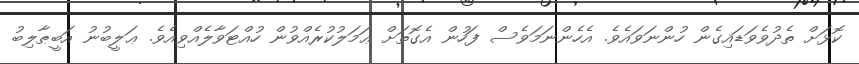
ކޮޅަށް ތެދުވެވަޑައިގެން ހުންނަވައެވެ. އެހެންނަމަވެސް ފަހުން އެގޮތަށް ޢަމަލުކުރެއްވުން ހުއްޓަވާލެއްވިއެވެ. ޢަލީބުނު އަބީޠާލިބު